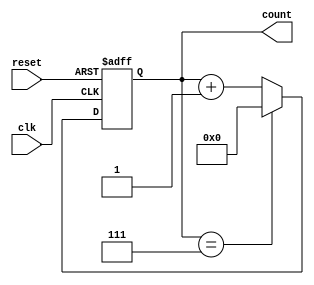
module mod_n_async_counter #(parameter N = 8) (
    input wire clk,            // Clock input
    input wire reset,          // Asynchronous reset input
    output reg [N-1:0] count   // Counter output
);

    // Calculate the number of flip-flops needed
    localparam NUM_FLIP_FLOPS = $clog2(N);

    always @(posedge clk or posedge reset) begin
        if (reset) begin
            count <= 0; // Reset the counter to 0
        end else begin
            if (count == (N-1)) begin
                count <= 0; // Wrap around to 0
            end else begin
                count <= count + 1; // Increment the counter
            end
        end
    end

endmodule